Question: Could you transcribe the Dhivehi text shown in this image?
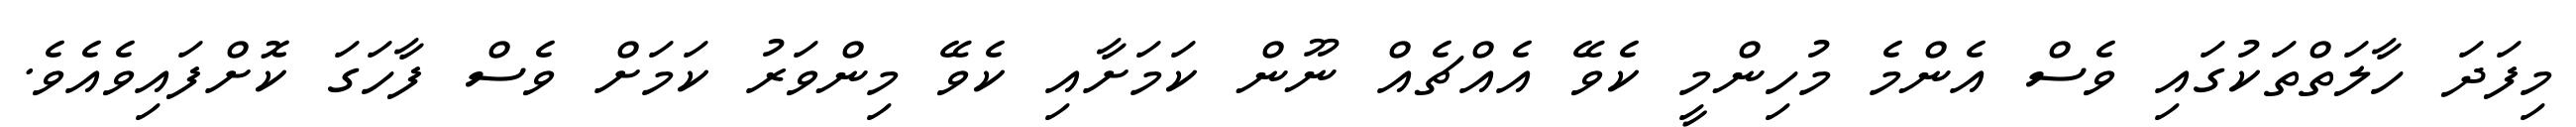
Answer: މިފަދަ ހާލަތްތަކުގައި ވެސް އެންމެ މުހިންމީ ކެވޭ އެއްޗެއް ނޫން ކަމަށާއި ކެވޭ މިންވަރު ކަމަށް ވެސް ފާހަގަ ކޮށްފައިވެއެވެ.